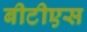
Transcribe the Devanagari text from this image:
बीटीएस